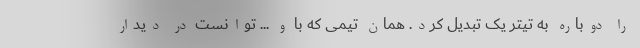
را دوباره به تیتر یک تبدیل کرد. همان تیمی که با و ... توانست در دیدار